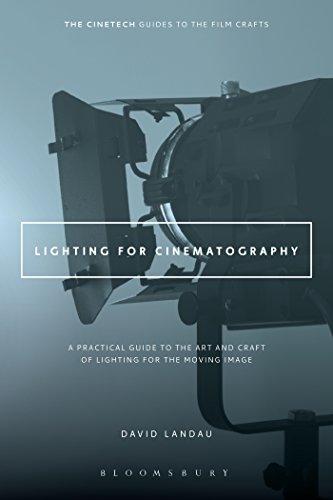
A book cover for Lighting for Cinematography: A Practical Guide to the Art and Craft of Lighting for the Moving Image (The Cinetech Guides to the Film Crafts); David Landau; Humor & Entertainment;